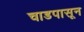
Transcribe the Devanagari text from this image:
चाडपासून